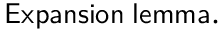
\mathsf { E x p a n s i o n \; l e m m a . }